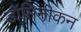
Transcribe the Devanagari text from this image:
डॉमिनीकन